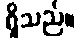
ရှိသည်။